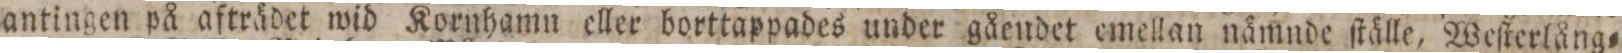
antingen på afträdet wid Kornhamn eller borttappades under gåendet emellan nämnde ſtälle, Weſterlång=